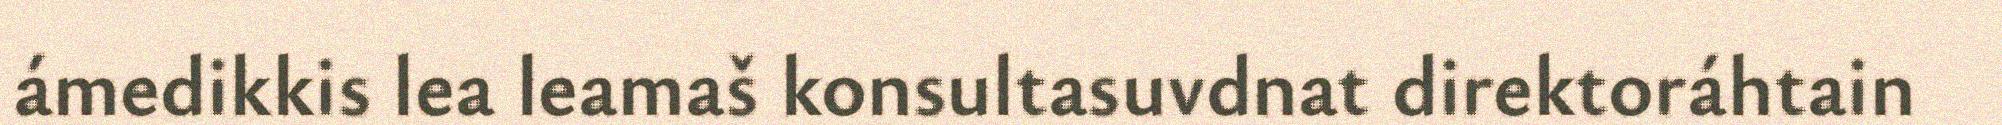
ámedikkis lea leamaš konsultasuvdnat direktoráhtain